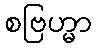
စဗြဟ္မာ